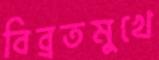
বিব্রতমুখে